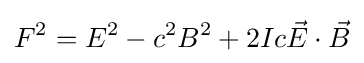
F^{2}=E^{2}-c^{2}B^{2}+2Ic{\vec {E}}\cdot {\vec {B}}